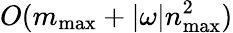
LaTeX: O(m_{\mathrm{max}}+|\omega|n_{\mathrm{max}}^{2})